Indian journal of veterinary science and animal husbandry - Volumes 18-21, 1948-1951
Year: 1948
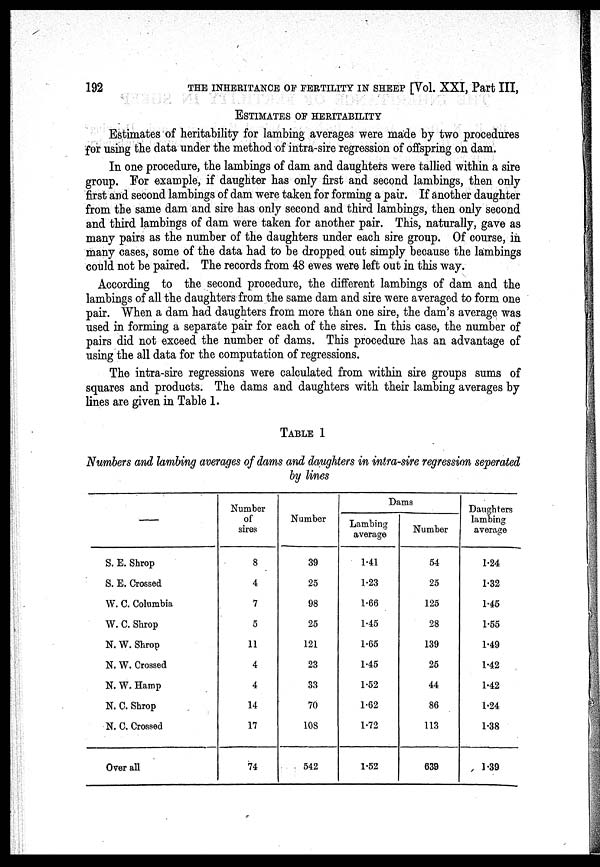
192
THE INHERITANCE OF FERTILITY IN SHEEP [Vol. XXI, Part III,
ESTIMATES OF HERITABILITY
Estimates of heritability for lambing averages were made by two procedures
for using the data under the method of intra-sire regression of offspring on dam.
In one procedure, the lambings of dam and daughters were tallied within a sire
group. For example, if daughter has only first and second lambings, then only
first and second lambings of dam were taken for forming a pair. If another daughter
from the same dam and sire has only second and third lambings, then only second
and third lambings of dam were taken for another pair. This, naturally, gave as
many pairs as the number of the daughters under each sire group. Of course, in
many cases, some of the data had to be dropped out simply because the lambings
could not be paired. The records from 48 ewes were left out in this way.
According to the second procedure, the different lambings of dam and the
lambings of all the daughters from the same dam and sire were averaged to form one
pair. When a dam had daughters from more than one sire, the dam's average was
used in forming a separate pair for each of the sires. In this case, the number of
pairs did not exceed the number of dams. This procedure has an advantage of
using the all data for the computation of regressions.
The intra-sire regressions were calculated from within sire groups sums of
squares and products. The dams and daughters with their lambing averages by
lines are given in Table 1.
TABLE 1
Numbers and lambing averages of dams and daughters in intra-sire regression seperated
by lines
—
S. E. Shrop
S. E. Crossed
W. C. Columbia
W. C. Shrop
N. W. Shrop
N. W. Crossed
N. W. Hamp
N. C. Shrop
N. C. Crossed
Over all
Number
of
sires
8
4
7
5
11
4
4
14
17
74
Number
39
25
98
25
121
23
33
70
108
542
Dams
Lambing
average
1.41
1.23
1.66
1.45
1.65
1.45
1.52
1.62
1.72
1.52
Number
54
25
125
28
139
25
44
86
113
639
Daughters
lambing
average
1.24
1.32
1.45
1.55
1.49
1.42
1.42
1.24
1.38
1.39